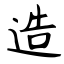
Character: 造